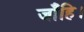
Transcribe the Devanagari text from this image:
जाँहि।